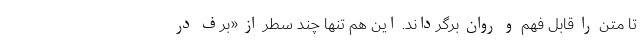
تا متن را قابل فهم و روان برگرداند. این هم تنها چند سطر از «برف در